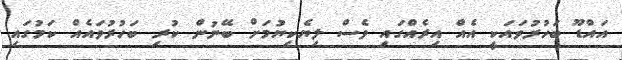
އައްޑޫ ބަހުރުވައަކީ އެއް އިރެއްގައި ވެސް ލިޔެކިޔުމަށް ބޭނުން ކުރި ބަހުރުވައެއް ކަމުގައި